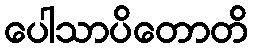
ပေါသာပိတောတိ